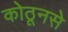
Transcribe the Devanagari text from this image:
कोठूनसे